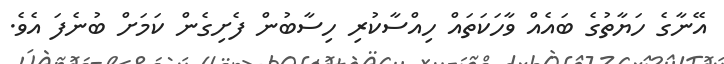
އޭނާގެ ހަަޔާތުގެ ބައެއް ވާހަކަތައް ހިއްސާކުރި ހިސާބުން ފެށިގެން ކަމަށް ބުނެފަ އެވެ.